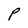
Character: P